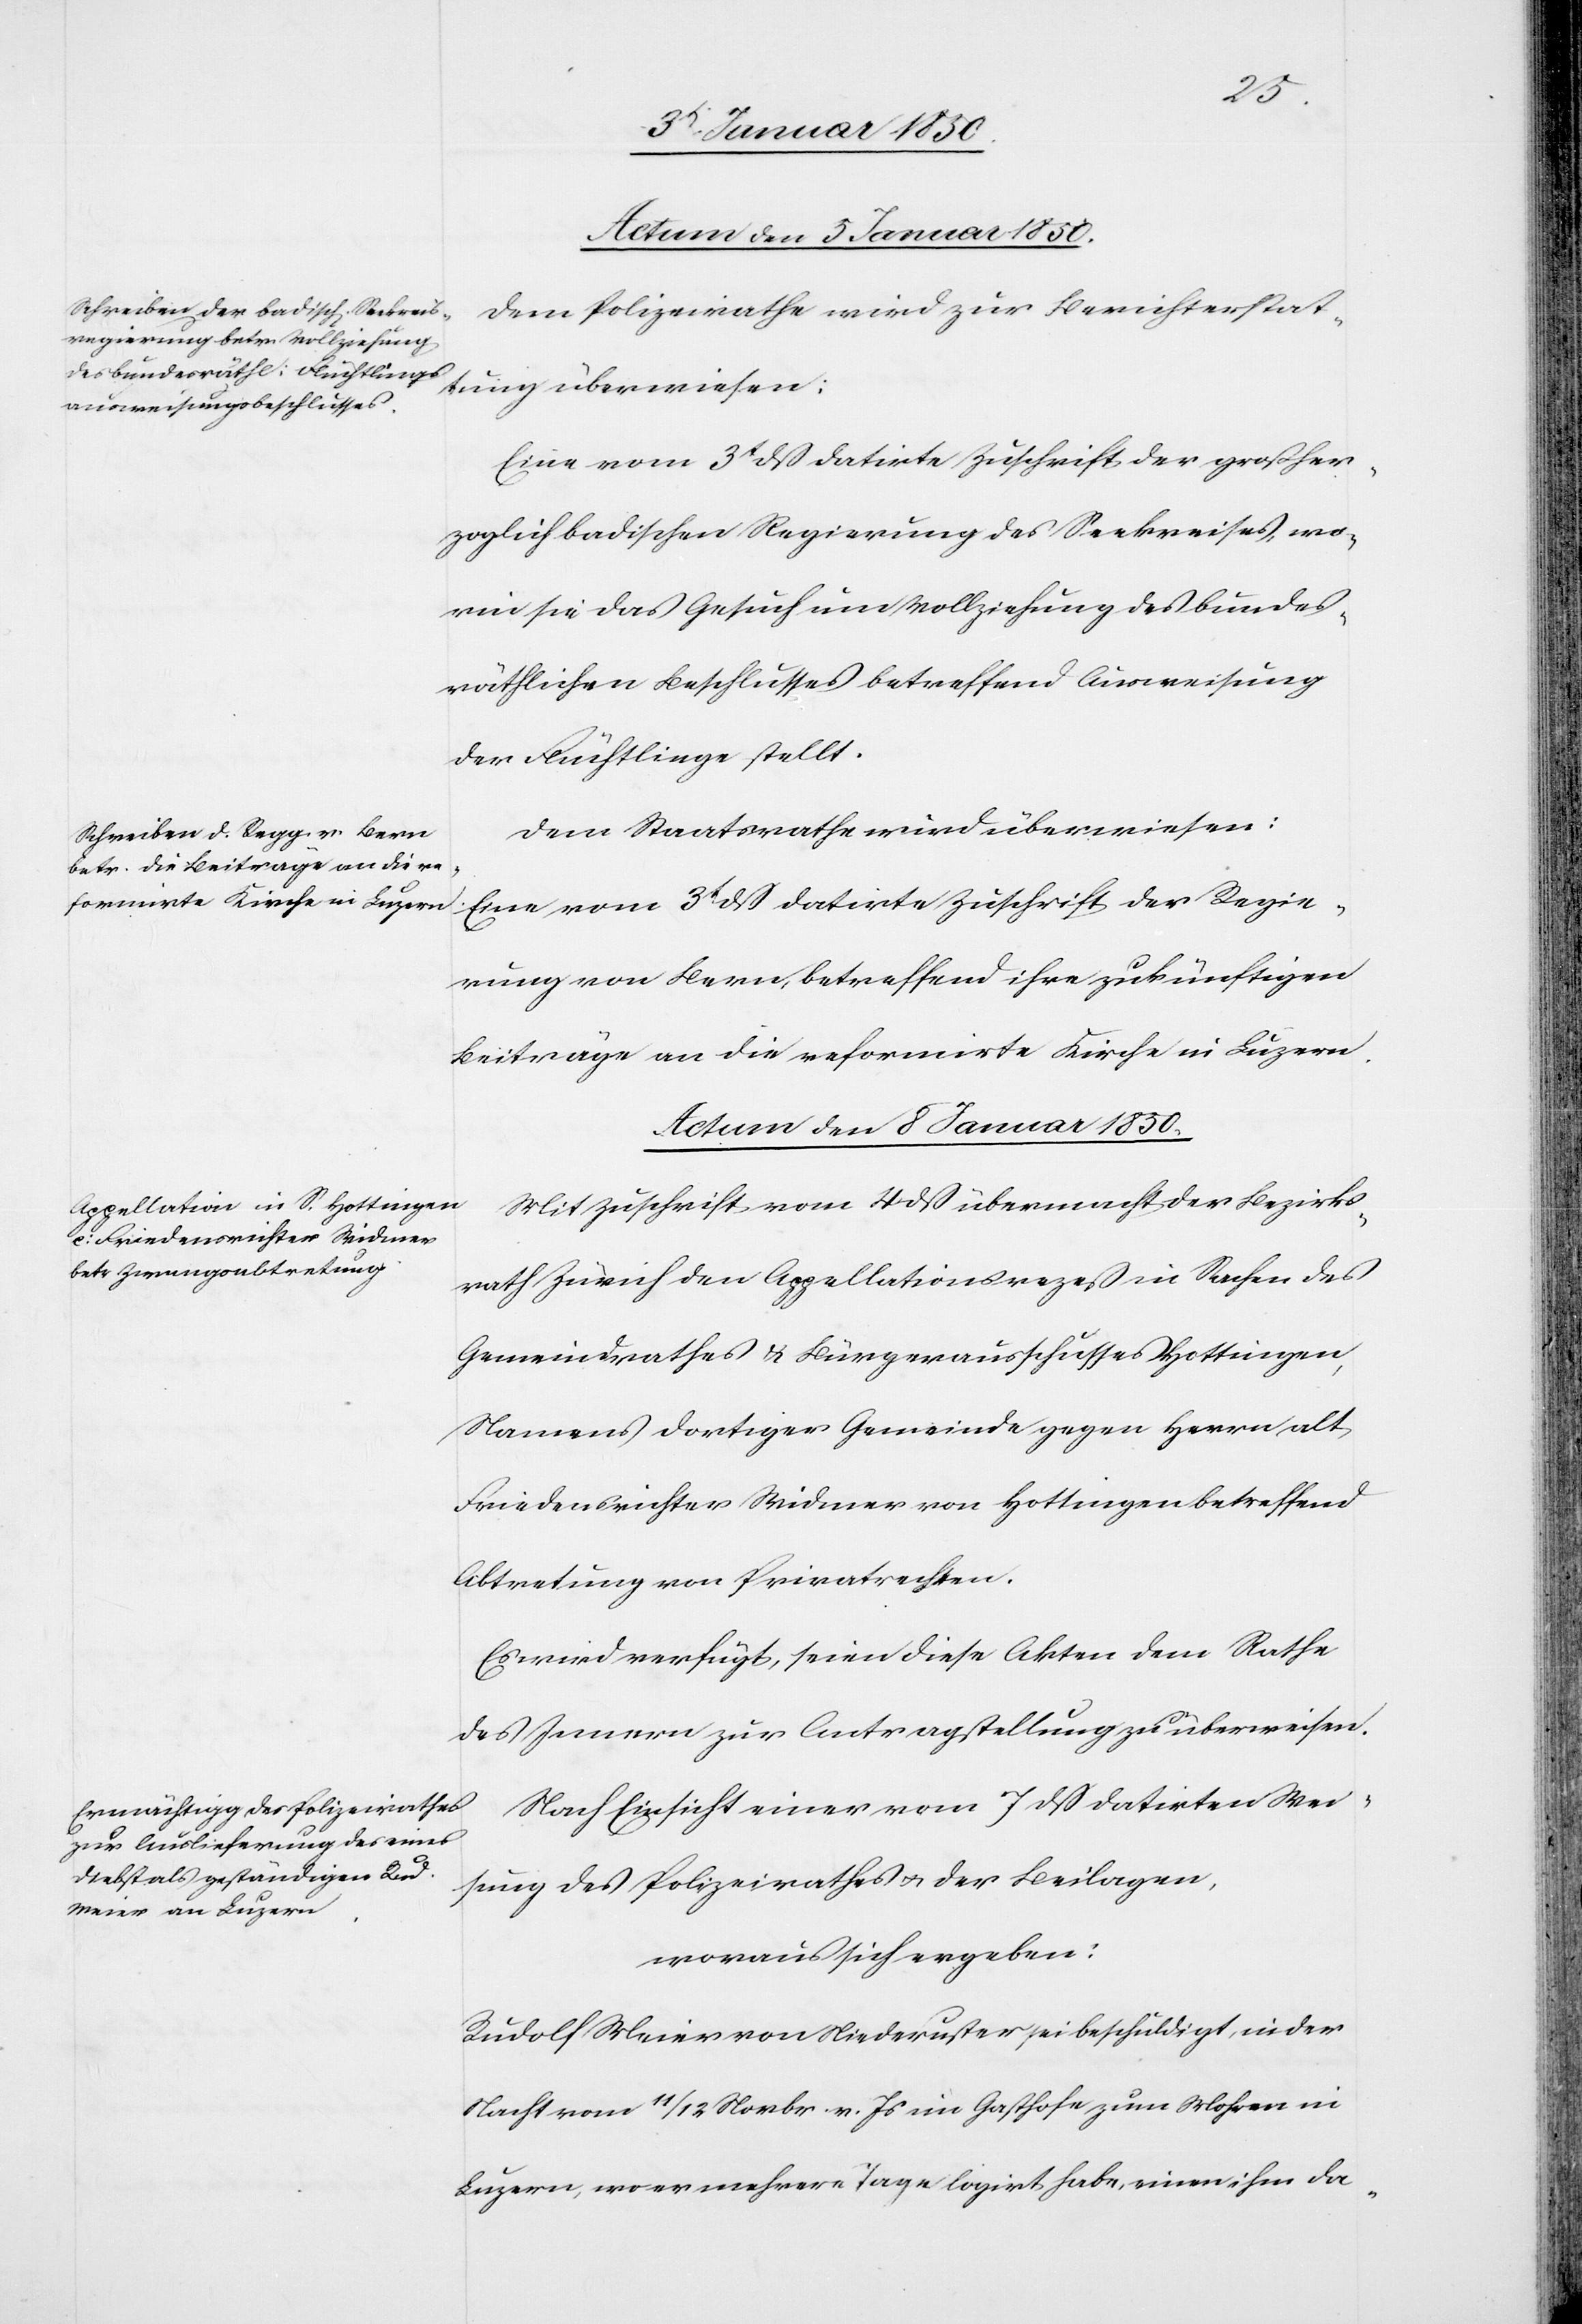
Actum den 8 Januar 1850.]
Dem Polizeirathe wird zur Berichterstat¬
tung überwiesen:
Eine vom 3t dß datirte Zuschrift der großher¬
zoglich badischen Regierung des Seekreises, wo¬
rin sie das Gesuch um Vollziehung des bundes¬
räthlichen Beschlusses betreffend Ausweisung
der Flüchtlinge stellt.
Dem Staatsrathe wird überwiesen:
Eine vom 3t dß datirte Zuschrift der Regie¬
rung von Bern, betreffend ihre zukünftigen
Beiträge an die reformirte Kirche in Luzern.
Actum den 8 Januar 1850.
Mit Zuschrift vom 4 dß übermacht der Bezirks¬
rath Zürich den Appellationsrezess in Sachen des
Gemeindrathes u. Bürgerausschusses Hottingen,
Namens dortiger Gemeinde gegen Herrn alt
Friedensrichter Widmer von Hottingen betreffend
Abtretung von Privatrechten.
Es wird verfügt, seien diese Akten dem Rathe
des Innern zur Antragstellung zu überweisen.
Nach Einsicht einer vom 7 dß datirten Wei¬
sung des Polizeirathes u. der Beilagen,
woraus sich ergeben:
Rudolf Meier von Niederuster sei beschuldigt, in der
Nacht vom 11/12 Novbr. v. Js im Gasthofe zum Mohren in
Luzern, wo er mehrere Tage logirt habe, einen ihm da-